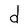
Character: d